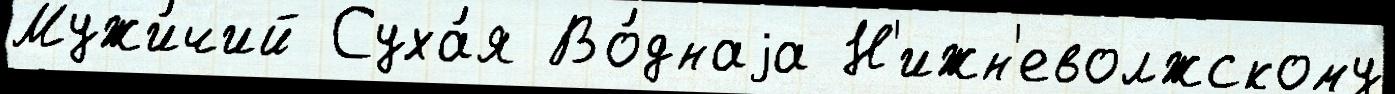
Мужи́чий Суха́я Во́днаjа Н'ижн'еволжскому